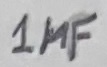
Text: 1µF